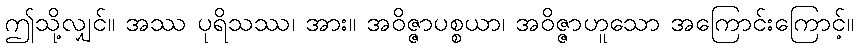
ဤသို့လျှင်။ အဿ ပုရိသဿ၊ အား။ အဝိဇ္ဇာပစ္စယာ၊ အဝိဇ္ဇာဟူသော အကြောင်းကြောင့်။